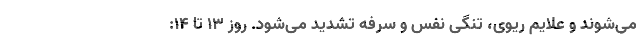
می‌شوند و علایم ریوی، تنگی نفس و سرفه تشدید می‌شود. روز ۱۳ تا ۱۴: